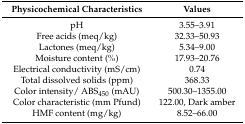
| Physicochemical Characteristics | Values |
 | --- | --- |
 | pH | 3.55–3.91 |
 | Free acids (meq/kg) | 32.33–50.93 |
 | Lactones (meq/kg) | 5.34–9.00 |
 | Moisture content (%) | 17.93–20.76 |
 | Electrical conductivity (mS/cm) | 0.74 |
 | Total dissolved solids (ppm) | 368.33 |
 | Color intensity/ ABS450 (mAU) | 500.30–1355.00 |
 | Color characteristic (mm Pfund) | 122.00, Dark amber |
 | HMF content (mg/kg) | 8.52–66.00 |